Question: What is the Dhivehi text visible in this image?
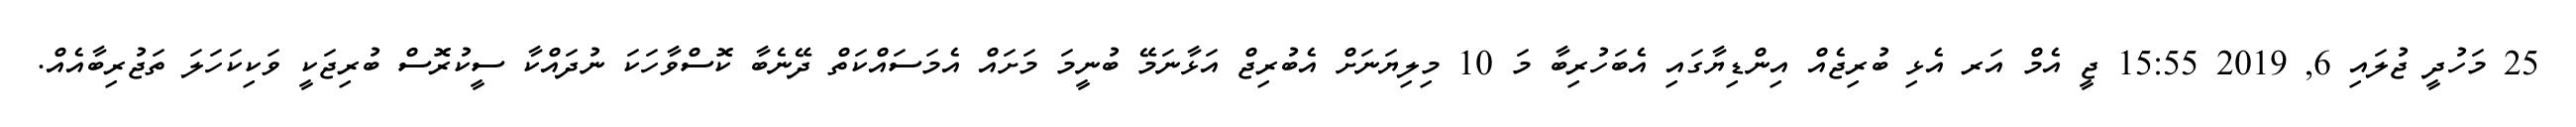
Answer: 25 މަހުދީ ޖުލައި 6, 2019 15:55 ޖީ އެމް އަރ އެޅި ބުރިޖެއް އިންޑިޔާގައި އެބަހުރިބާ މަ 10 މިލިޔަނަށް އެބުރިޖް އަޅާނަމޭ ބުނީމަ މަށައް އެމަސައްކަތް ދޭނެބާ ކޮސްވާހަކަ ނުދައްކާ ސީކުރޮސް ބުރިޖަކީ ވަކިކަހަލަ ތަޖުރިބާއެއް.